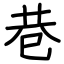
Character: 巷